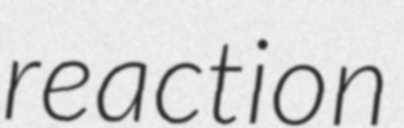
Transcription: reaction